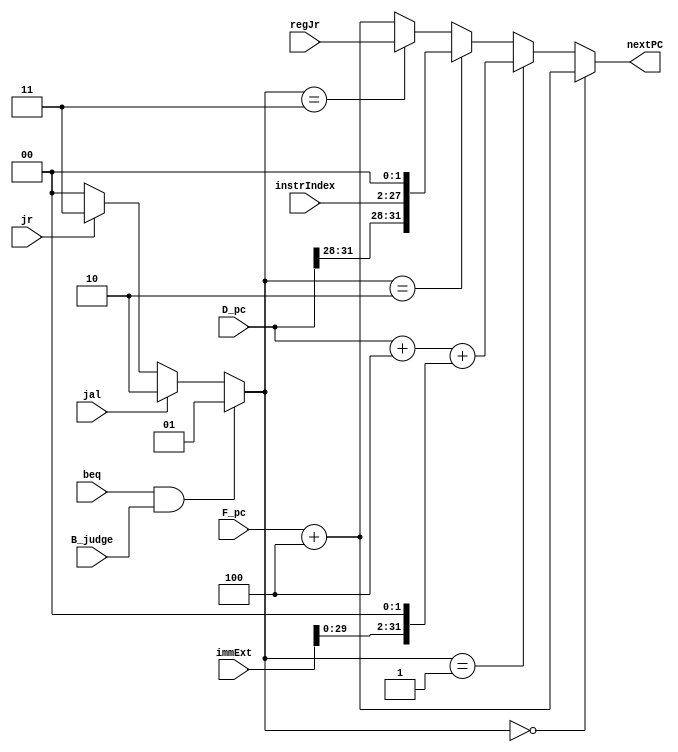
`timescale 1ns / 1ps
//////////////////////////////////////////////////////////////////////////////////
// Company: 
// Engineer: 
// 
// Design Name: 
// Module Name:    NPC 
// Project Name: 
// Target Devices: 
// Tool versions: 
// Description: 
//
// Dependencies: 
//
// Revision: 
// Revision 0.01 - File Created
// Additional Comments: 
//
//////////////////////////////////////////////////////////////////////////////////
module D_NPC(
    input [31:0] F_pc,
	 input [31:0] D_pc,
    input [31:0] immExt,
    output [31:0] nextPC,
	 input [25:0] instrIndex,
	 input [31:0] regJr,
    input beq,
	 input jal,
	 input B_judge,
	 input jr
    );
	
	wire [1:0]op;
	
	assign op = 	(beq&B_judge)?2'd1: //PC+4+imm
						(jal)?2'd2: //pc||instrIndex||00
						(jr)?2'd3:
						2'b0;//PC+4
	assign nextPC = 	(op==2'd0)?F_pc+32'd4:
							(op==2'd1)?D_pc+32'd4+(immExt<<2):
							(op==2'd2)?{D_pc[31:28],instrIndex,2'b0}:
							(op==2'd3)?regJr:
							F_pc+32'd4;
	
endmodule